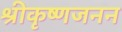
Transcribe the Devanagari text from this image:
श्रीकृष्णजनन